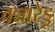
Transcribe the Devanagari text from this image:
वन्नारेड्डू